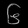
Digit: ၆